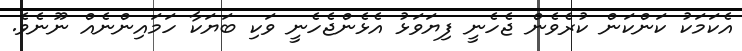
އެކަމަކު ކަންކަން ކުރެވެން ޖެހެނީ ފިޔަވަޅު އެޅެންޖެހެނީ ވަކި ބަޔަކާ ހަމައިންނެއް ނޫނެވެ.